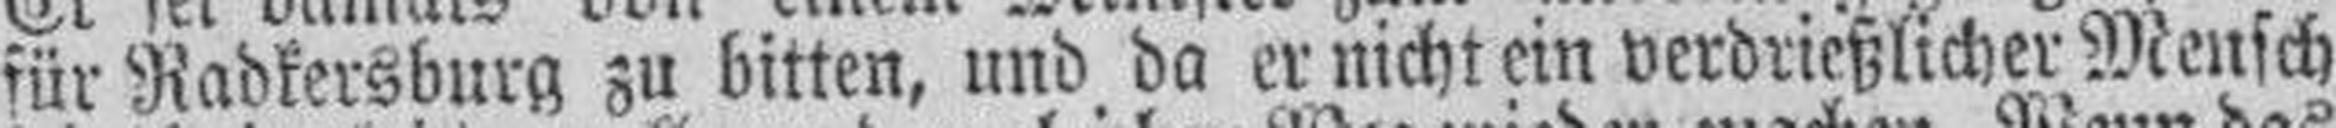
für Radkersburg zu bitten, und da er nicht ein verdrießlicher Mensch